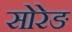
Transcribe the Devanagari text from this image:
सोरेङ